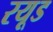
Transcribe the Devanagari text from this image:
रयूड